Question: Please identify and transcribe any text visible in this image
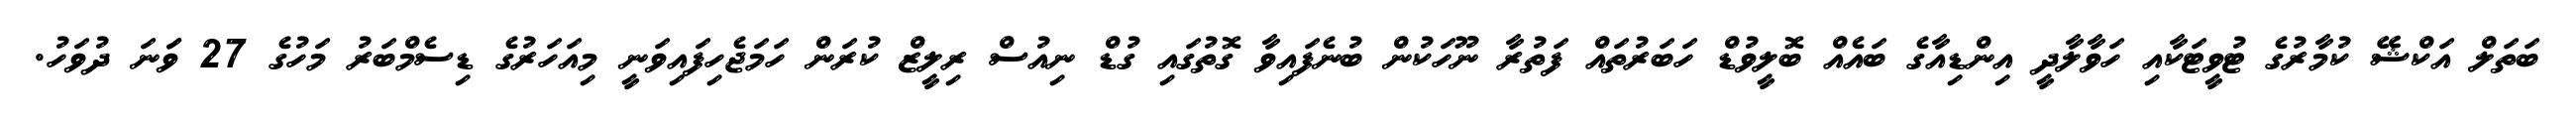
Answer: ބަތަލް އަކްޝޭ ކުމާރުގެ ޓުވީޓަކާއި ހަވާލާދީ އިންޑިއާގެ ބައެއް ބޮލީވުޑް ހަބަރުތައް ފަތުރާ ނޫހަކުން ބުނެފައިވާ ގޮތުގައި ގުޑް ނިއުސް ރިލީޒް ކުރަން ހަމަޖެހިފައިވަނީ މިއަހަރުގެ ޑިސެމްބަރު މަހުގެ 27 ވަަނަ ދުވަހު.